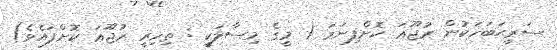
ސަރީޙަބަހަކުން ރުޖޫޢަ ކޮށްފިނަމަ ( މީގެ މިސާލަކީ : ތިހިރީ ރުޖޫޢަ ކޮށްފައެވެ)